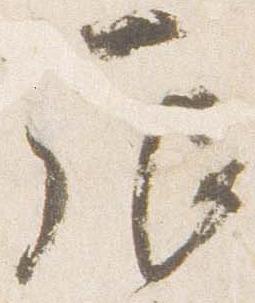
辰